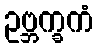
ဥဗ္ဘက္ခကံ